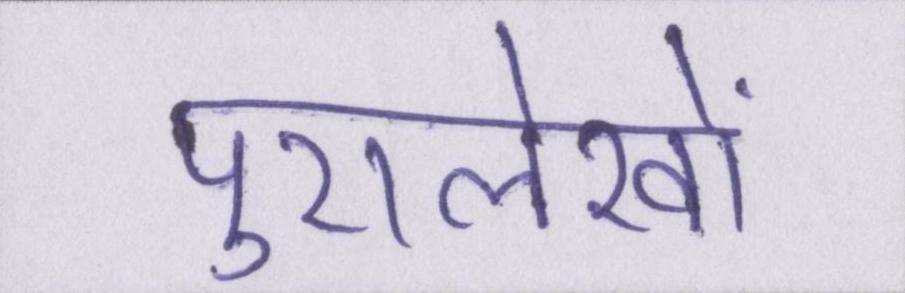
पुरालेखों